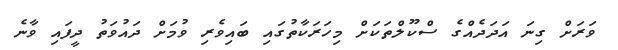
ވަރަށް ގިނަ އަދަދެއްގެ ސްކޫލްތަކަށް މިހަރަކާތުގައި ބައިވެރި ވުމަށް ދައުވަތު ދީފައި ވާނެ